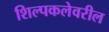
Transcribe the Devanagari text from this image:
शिल्पकलेवरील